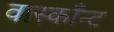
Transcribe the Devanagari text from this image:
वास्काँन्ट